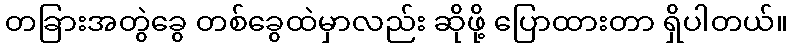
တခြားအတွဲခွေ တစ်ခွေထဲမှာလည်း ဆိုဖို့ ပြောထားတာ ရှိပါတယ်။